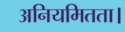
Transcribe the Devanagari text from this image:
अनियमितता।